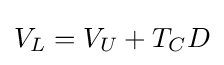
V_{L}=V_{U}+T_{C}D